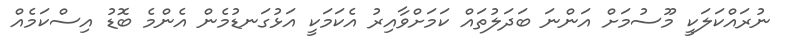
ނުރައްކަލަކީ މޫސުމަށް އަންނަ ބަދަލުތައް ކަމަށްވާއިރު އެކަމަކީ އަޅުގަނޑުމެން އެންމެ ބޮޑު އިސްކަމެއް